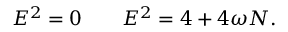
E ^ { 2 } = 0 \qquad E ^ { 2 } = 4 + 4 \omega N .